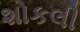
શોકલી